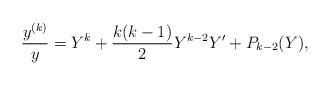
LaTeX: \begin{align*} \frac{y^{(k)}}{y}= Y^k +\frac{k(k-1)}{2}Y^{k-2}Y'+ P_{k-2}(Y),\end{align*}